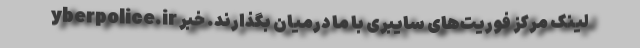
yberpolice.ir لینک مرکز فوریت‌های سایبری با ما درمیان بگذارند. خبر